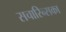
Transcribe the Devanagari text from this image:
सचारिन्सका